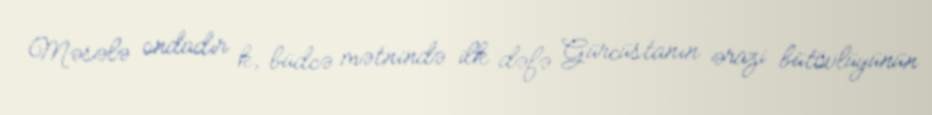
Məsələ ondadır k, büdcə mətnində ilk dəfə Gürcüstanın ərazi bütövlüyünün